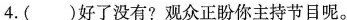
4.()好了没有?观众正盼你主持节目呢。